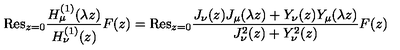
{ \mathrm { R e s } } _ { z = 0 } \frac { H _ { \mu } ^ { ( 1 ) } ( \lambda z ) } { H _ { \nu } ^ { ( 1 ) } ( z ) } F ( z ) = { \mathrm { R e s } } _ { z = 0 } \frac { J _ { \nu } ( z ) J _ { \mu } ( \lambda z ) + Y _ { \nu } ( z ) Y _ { \mu } ( \lambda z ) } { J _ { \nu } ^ { 2 } ( z ) + Y _ { \nu } ^ { 2 } ( z ) } F ( z )